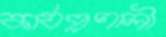
কার্যপ্রণালী